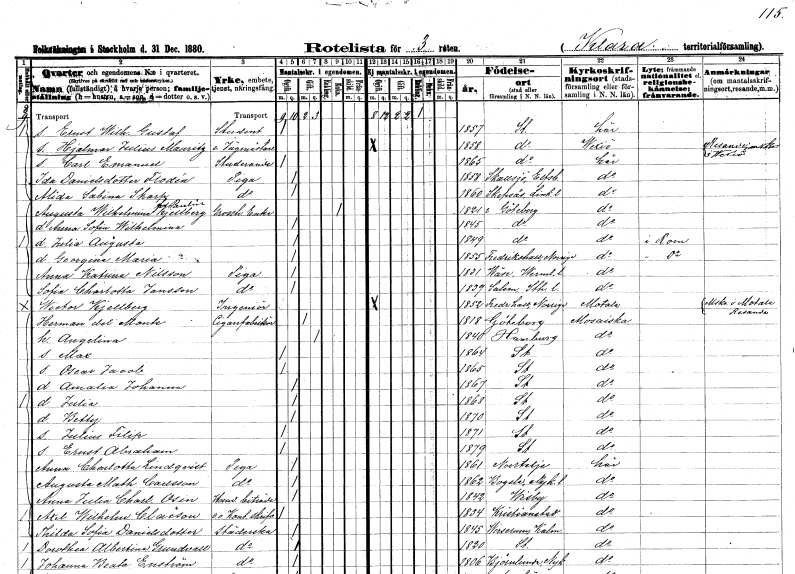
gt_parse: households: individuals: FN: Ernst Wilhelm Gustaf
YRKE: Student
KON: M
CIV: O
FODAR: 1857
FODFORS: Stockholm
FN: Hjalmar Julius Mauritz
YRKE: Jägmästare e.
KON: M
CIV: O
FODAR: 1858
FODFORS: Stockholm
FN: Carl Emanuel
YRKE: Studerande
KON: M
CIV: O
FODAR: 1865
FODFORS: Stockholm
FN: Ida
EN: Danielsdotter Flodén
YRKE: Piga
KON: K
CIV: O
FODAR: 1858
FODFORS: Skallsjö Älvsborgs län
FN: Alida Sabina
EN: Skarp
YRKE: Piga
KON: K
CIV: O
FODAR: 1860
FODFORS: Skeppsås Östergötlands län
FN: Augusta Wilhelmina
EN: Kjellberg Paulin
YRKE: Grosshandlareänka
KON: K
CIV: E
FODAR: 1821
FODFORS: Göteborg Göteborgs- och Bohuslän
FN: Anna Sofia Wilhelmina
KON: K
CIV: O
FODAR: 1845
FODFORS: Göteborg Göteborgs- och Bohuslän
FN: Julia Augusta
KON: K
CIV: O
FODAR: 1849
FODFORS: Göteborg Göteborgs- och Bohuslän
FN: Georgina Maria
KON: K
CIV: O
FODAR: 1855
FN: Anna Katrina
EN: Nilsson
YRKE: Piga
KON: K
CIV: O
FODAR: 1831
FODFORS: Väse Värmlands län
FN: Sofia Charlotta
EN: Jansson
YRKE: Piga
KON: K
CIV: O
FODAR: 1839
FODFORS: Salem Stockholms län
FN: Wictor
EN: Kjellberg
YRKE: Ingenjör
KON: M
CIV: O
FODAR: 1852
FN: Herman
EN: del Monte
YRKE: Cigarrfabrikör
KON: M
CIV: G
FODAR: 1818
FODFORS: Göteborg Göteborgs- och Bohuslän
FN: Angelina
KON: K
CIV: G
FODAR: 1840
FN: Max
KON: M
CIV: O
FODAR: 1864
FODFORS: Stockholm
FN: Oscar Jacob
KON: M
CIV: O
FODAR: 1865
FODFORS: Stockholm
FN: Amalia Johanna
KON: K
CIV: O
FODAR: 1867
FODFORS: Stockholm
FN: Julia
KON: K
CIV: O
FODAR: 1868
FODFORS: Stockholm
FN: Betty
KON: K
CIV: O
FODAR: 1870
FODFORS: Stockholm
FN: Julius Filip
KON: M
CIV: O
FODAR: 1871
FODFORS: Stockholm
FN: Ernst Abraham
KON: M
CIV: O
FODAR: 1879
FODFORS: Stockholm
FN: Anna Charlotta
EN: Lindqvist
YRKE: Piga
KON: K
CIV: O
FODAR: 1861
FODFORS: Norrtälje Stockholms län
FN: Augusta Mathilda
EN: Carlsson
YRKE: Piga
KON: K
CIV: O
FODAR: 1862
FODFORS: Bogsta Södermanlands län
FN: Anna Julia Charlotta
EN: Osin
YRKE: Handelsbiträde
KON: K
CIV: O
FODAR: 1842
FODFORS: Visby Gotlands län
FN: Axel Wilhelm
EN: Claëson
YRKE: Kontorsskrivare e.o.
KON: M
CIV: O
FODAR: 1834
FODFORS: Kristianstad Kristianstads län
FN: Thilda Sofia
EN: Danielsdotter
YRKE: Städerska
KON: K
CIV: O
FODAR: 1845
FODFORS: Virserum Kalmar län
FN: Dorothea Albertina
EN: Grundvall
YRKE: Städerska
KON: K
CIV: O
FODAR: 1820
FODFORS: Stockholm
FN: Johanna Beata
EN: Enström
YRKE: Städerska
KON: K
CIV: O
FODAR: 1806
FODFORS: Björnlunda Södermanlands län